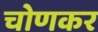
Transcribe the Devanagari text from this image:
चोणकर